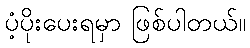
ပံ့ပိုးပေးရမှာ ဖြစ်ပါတယ်။